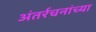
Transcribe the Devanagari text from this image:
अंतर्रचनांच्या